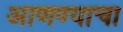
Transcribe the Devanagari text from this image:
अाणण्याचा